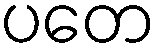
ပတေ